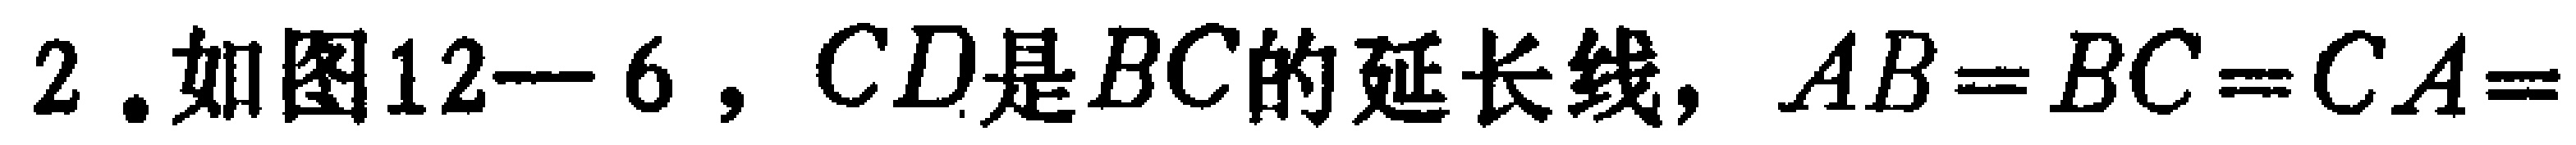
2. 如图12—6，$CD$是$BC$的延长线，$AB = BC = CA=$